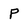
Character: P